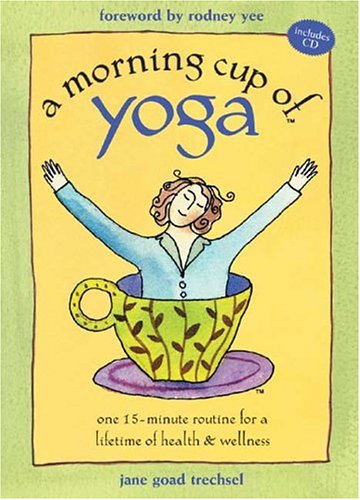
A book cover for A Morning Cup of Yoga: One 15-minute Routine for a Lifetime of Health & Wellness (Book and CD); Jane Goad Trechsel; Health, Fitness & Dieting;